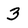
Character: 3